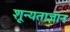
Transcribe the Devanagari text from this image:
शून्यताज्ञान